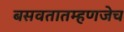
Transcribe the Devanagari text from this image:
बसवतातम्हणजेच